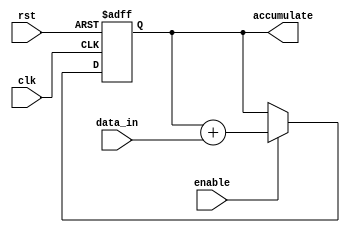
module accumulator (
  input wire clk,
  input wire rst,
  input wire enable,
  input wire [7:0] data_in,
  output reg [15:0] accumulate
);

reg [15:0] accum;

always @ (posedge clk or posedge rst)
begin
  if (rst)
    accum <= 16'b0;
  else if (enable)
    accum <= accum + data_in;
end

assign accumulate = accum;

endmodule